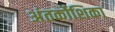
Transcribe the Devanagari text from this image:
अंतर्कोशिका